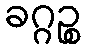
ခဂ္ဂဉ္စ